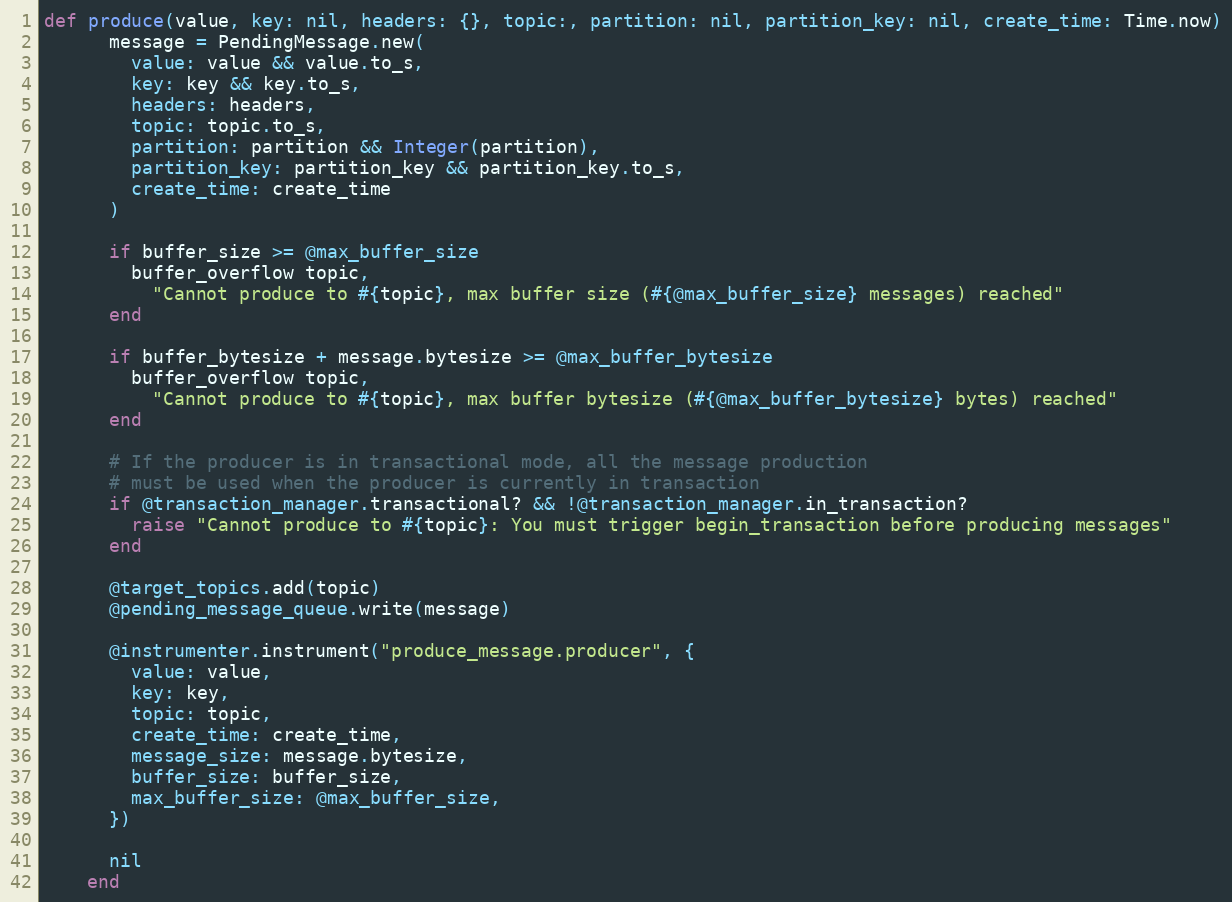
Language: Ruby
def produce(value, key: nil, headers: {}, topic:, partition: nil, partition_key: nil, create_time: Time.now)
      message = PendingMessage.new(
        value: value && value.to_s,
        key: key && key.to_s,
        headers: headers,
        topic: topic.to_s,
        partition: partition && Integer(partition),
        partition_key: partition_key && partition_key.to_s,
        create_time: create_time
      )

      if buffer_size >= @max_buffer_size
        buffer_overflow topic,
          "Cannot produce to #{topic}, max buffer size (#{@max_buffer_size} messages) reached"
      end

      if buffer_bytesize + message.bytesize >= @max_buffer_bytesize
        buffer_overflow topic,
          "Cannot produce to #{topic}, max buffer bytesize (#{@max_buffer_bytesize} bytes) reached"
      end

      # If the producer is in transactional mode, all the message production
      # must be used when the producer is currently in transaction
      if @transaction_manager.transactional? && !@transaction_manager.in_transaction?
        raise "Cannot produce to #{topic}: You must trigger begin_transaction before producing messages"
      end

      @target_topics.add(topic)
      @pending_message_queue.write(message)

      @instrumenter.instrument("produce_message.producer", {
        value: value,
        key: key,
        topic: topic,
        create_time: create_time,
        message_size: message.bytesize,
        buffer_size: buffer_size,
        max_buffer_size: @max_buffer_size,
      })

      nil
    end